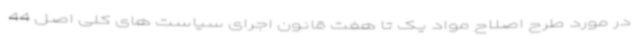
در مورد طرح اصلاح مواد یک تا هفت قانون اجرای سیاست های کلی اصل 44